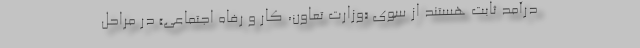
درآمد ثابت هستند از سوی «وزارت تعاون، کار و رفاه اجتماعی» در مراحل